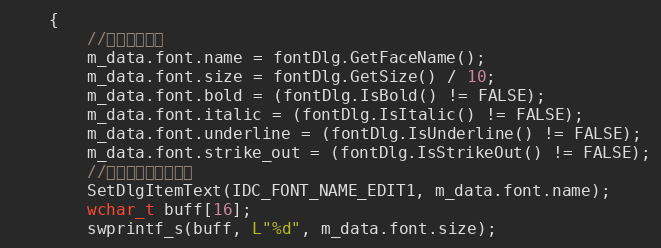
Language: C++
	{
		//获取字体信息
		m_data.font.name = fontDlg.GetFaceName();
		m_data.font.size = fontDlg.GetSize() / 10;
		m_data.font.bold = (fontDlg.IsBold() != FALSE);
		m_data.font.italic = (fontDlg.IsItalic() != FALSE);
		m_data.font.underline = (fontDlg.IsUnderline() != FALSE);
		m_data.font.strike_out = (fontDlg.IsStrikeOut() != FALSE);
		//将字体信息显示出来
		SetDlgItemText(IDC_FONT_NAME_EDIT1, m_data.font.name);
		wchar_t buff[16];
		swprintf_s(buff, L"%d", m_data.font.size);